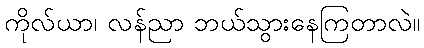
ကိုလ်ယာ၊ လန်ညာ ဘယ်သွားနေကြတာလဲ။